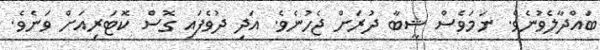
ބައްދާލެވުނެވެ. ނަމަވެސް ޝީބާ ދުރަށް ޖެހުނެވެ. އަދި ދުވެފައި ގޮސް ކޮޓަރިއަށް ވަނެވެ.